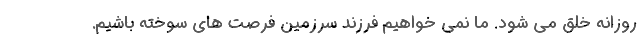
روزانه خلق می شود. ما نمی خواهیم فرزند سرزمین فرصت های سوخته باشیم.